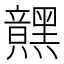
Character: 𮮜